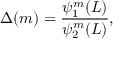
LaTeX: \Delta ( m ) = { \frac { \psi _ { 1 } ^ { m } ( L ) } { \psi _ { 2 } ^ { m } ( L ) } } ,